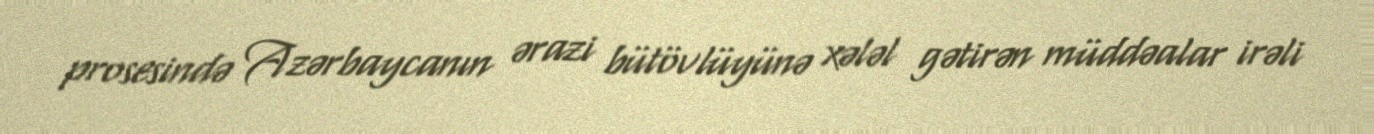
prosesində Azərbaycanın ərazi bütövlüyünə xələl gətirən müddəalar irəli